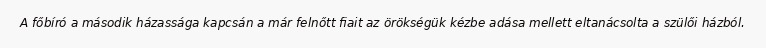
A főbíró a második házassága kapcsán a már felnőtt fiait az örökségük kézbe adása mellett eltanácsolta a szülői házból.